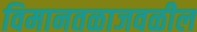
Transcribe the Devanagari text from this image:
विमानतळाजवळील